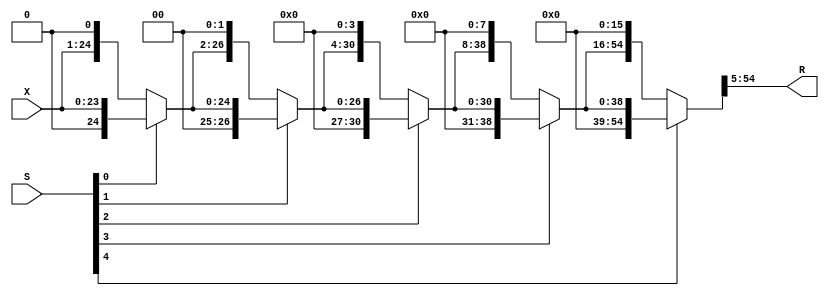
// File 2cycles_latency.vhdl translated with vhd2vl v2.4 VHDL to Verilog RTL translator
// vhd2vl settings:
//  * Verilog Module Declaration Style: 1995

// vhd2vl is Free (libre) Software:
//   Copyright (C) 2001 Vincenzo Liguori - Ocean Logic Pty Ltd
//     http://www.ocean-logic.com
//   Modifications Copyright (C) 2006 Mark Gonzales - PMC Sierra Inc
//   Modifications (C) 2010 Shankar Giri
//   Modifications Copyright (C) 2002, 2005, 2008-2010 Larry Doolittle - LBNL
//     http://doolittle.icarus.com/~larry/vhd2vl/
//
//   vhd2vl comes with ABSOLUTELY NO WARRANTY.  Always check the resulting
//   Verilog for correctness, ideally with a formal verification tool.
//
//   You are welcome to redistribute vhd2vl under certain conditions.
//   See the license (GPLv2) file included with the source for details.

// The result of translation follows.  Its copyright status should be
// considered unchanged from the original VHDL.

//------------------------------------------------------------------------------
//                       FPAdder_8_23_uid2_RightShifter
//                      (RightShifter_24_by_max_26_uid4)
// This operator is part of the Infinite Virtual Library FloPoCoLib
// and is distributed under the terms of the GNU Lesser General Public Licence
// with a Tobin Tax restriction (see README file for details).
//------------------------------------------------------------------------------
// no timescale needed

module FPAdder_8_23_uid2_RightShifter_l2(
X,
S,
R
);

input [23:0] X;
input [4:0] S;
output [49:0] R;

wire clk;
wire rst;
wire [23:0] X;
wire [4:0] S;
wire [49:0] R;


wire [23:0] level0;
wire [4:0] ps;
wire [24:0] level1;
wire [26:0] level2;
wire [30:0] level3;
wire [38:0] level4;
wire [54:0] level5;


  assign level0 = X;
  assign ps = S;
  assign level1 = ps[0] == 1'b1 ? {1'b0,level0} : {level0,1'b0};
  assign level2 = ps[1] == 1'b1 ? {2'b00,level1} : {level1,2'b00};
  assign level3 = ps[2] == 1'b1 ? {4'b0000,level2} : {level2,4'b0000};
  assign level4 = ps[3] == 1'b1 ? {8'b00000000,level3} : {level3,8'b00000000};
  assign level5 = ps[4] == 1'b1 ? {16'b0000000000000000,level4} : {level4,16'b0000000000000000};
  assign R = level5[54:5];

endmodule

//------------------------------------------------------------------------------
//                           IntAdder_27_f110_uid6
// This operator is part of the Infinite Virtual Library FloPoCoLib
// and is distributed under the terms of the GNU Lesser General Public Licence
// with a Tobin Tax restriction (see README file for details).
//------------------------------------------------------------------------------
// Pipeline depth: 0 cycles
// no timescale needed

module IntAdder_27_f110_uid6_l2(
X,
Y,
Cin,
R
);

input [26:0] X;
input [26:0] Y;
input Cin;
output [26:0] R;

wire clk;
wire rst;
wire [26:0] X;
wire [26:0] Y;
wire Cin;
wire [26:0] R;

  //Alternative
  assign R = X + Y + Cin;
//------------------------------------------------------------------------------
//                   LZCShifter_28_to_28_counting_32_uid16
// This operator is part of the Infinite Virtual Library FloPoCoLib
// and is distributed under the terms of the GNU Lesser General Public Licence
// with a Tobin Tax restriction (see README file for details).
//------------------------------------------------------------------------------
// Pipeline depth: 1 cycles

endmodule

module LZCShifter_28_to_28_counting_32_uid16_l2(
clk,
stall,
I,
Count,
O
);

input clk, stall;
input [27:0] I;
output [4:0] Count;
output [27:0] O;

wire clk;
wire rst;
wire [27:0] I;
wire [4:0] Count;
wire [27:0] O;


wire [27:0] level5;
wire count4; reg count4_d1;
wire [27:0] level4;
wire count3; reg count3_d1;
wire [27:0] level3;
wire count2; reg count2_d1;
wire [27:0] level2; reg [27:0] level2_d1;
wire count1;
wire [27:0] level1;
wire count0;
wire [27:0] level0;
wire [4:0] sCount;

  always @(posedge clk) begin
   if( ~stall ) begin
    count4_d1 <= count4;
    count3_d1 <= count3;
    count2_d1 <= count2;
    level2_d1 <= level2;
   end
  end

  assign level5 = I;
  assign count4 = level5[27:12] == 16'b0000000000000000 ? 1'b1 : 1'b0;
  assign level4 = count4 == 1'b0 ? level5[27:0] : {level5[11:0],16'b0000000000000000};
  assign count3 = level4[27:20] == 8'b00000000 ? 1'b1 : 1'b0;
  assign level3 = count3 == 1'b0 ? level4[27:0] : {level4[19:0],8'b00000000};
  assign count2 = level3[27:24] == 4'b0000 ? 1'b 1 : 1'b0;
  assign level2 = count2 == 1'b0 ? level3[27:0] : {level3[23:0],4'b0000};
  //--------------Synchro barrier, entering cycle 1----------------
  assign count1 = level2_d1[27:26] == 2'b00 ? 1'b1 : 1'b0;
  assign level1 = count1 == 1'b0 ? level2_d1[27:0] : {level2_d1[25:0],2'b00};
  assign count0 = level1[27:27] == 1'b0 ? 1'b1 : 1'b0;
  assign level0 = count0 == 1'b0 ? level1[27:0] : {level1[26:0],1'b0};
  assign O = level0;
  assign sCount = {count4_d1,count3_d1,count2_d1,count1,count0};
  assign Count = sCount;
//------------------------------------------------------------------------------
//                           IntAdder_34_f110_uid18
// This operator is part of the Infinite Virtual Library FloPoCoLib
// and is distributed under the terms of the GNU Lesser General Public Licence
// with a Tobin Tax restriction (see README file for details).
//------------------------------------------------------------------------------
// Pipeline depth: 0 cycles

endmodule

module IntAdder_34_f110_uid18_l2(
X,
Y,
Cin,
R
);


input [33:0] X;
input [33:0] Y;
input Cin;
output [33:0] R;

wire [33:0] X;
wire [33:0] Y;
wire Cin;
wire [33:0] R;

  //Alternative
  assign R = X + Y + Cin;
//------------------------------------------------------------------------------
//                             FPAdder_8_23_uid2
// This operator is part of the Infinite Virtual Library FloPoCoLib
// and is distributed under the terms of the GNU Lesser General Public Licence
// with a Tobin Tax restriction (see README file for details).
//------------------------------------------------------------------------------
// Pipeline depth: 2 cycles

endmodule

module FPAdder_8_23_uid2_l2(
clk,
rst,
seq_stall,
X,
Y,
R
);

input clk, rst;
input seq_stall;
input [8 + 23 + 2:0] X;
input [8 + 23 + 2:0] Y;
output [8 + 23 + 2:0] R;

wire clk;
wire rst;
wire [8 + 23 + 2:0] X;
wire [8 + 23 + 2:0] Y;
wire [8 + 23 + 2:0] R;


wire [32:0] excExpFracX;
wire [32:0] excExpFracY;
wire [8:0] eXmeY;
wire [8:0] eYmeX;
wire swap;
wire [33:0] newX; reg [33:0] newX_d1;
wire [33:0] newY;
wire [7:0] expX; reg [7:0] expX_d1;
wire [1:0] excX;
wire [1:0] excY;
wire signX;
wire signY;
wire EffSub; reg EffSub_d1; reg EffSub_d2;
wire [5:0] sdsXsYExnXY;
wire [3:0] sdExnXY;
wire [23:0] fracY;
reg [1:0] excRt; reg [1:0] excRt_d1; reg [1:0] excRt_d2;
wire signR; reg signR_d1; reg signR_d2;
wire [8:0] expDiff;
wire shiftedOut;
wire [4:0] shiftVal;
wire [49:0] shiftedFracY; reg [49:0] shiftedFracY_d1;
wire sticky;
wire [26:0] fracYfar;
wire [26:0] fracYfarXorOp;
wire [26:0] fracXfar;
wire cInAddFar;
wire [26:0] fracAddResult;
wire [27:0] fracGRS;
wire [9:0] extendedExpInc; reg [9:0] extendedExpInc_d1;
wire [4:0] nZerosNew;
wire [27:0] shiftedFrac;
wire [9:0] updatedExp;
wire eqdiffsign;
wire [33:0] expFrac;
wire stk;
wire rnd;
wire grd;
wire lsb;
wire addToRoundBit;
wire [33:0] RoundedExpFrac;
wire [1:0] upExc;
wire [22:0] fracR;
wire [7:0] expR;
wire [3:0] exExpExc;
reg [1:0] excRt2;
wire [1:0] excR;
wire [33:0] computedR;

  always @(posedge clk) begin
   if( ~seq_stall)begin
    newX_d1 <= newX;
    expX_d1 <= expX;
    EffSub_d1 <= EffSub;
    EffSub_d2 <= EffSub_d1;
    excRt_d1 <= excRt;
    excRt_d2 <= excRt_d1;
    signR_d1 <= signR;
    signR_d2 <= signR_d1;
    shiftedFracY_d1 <= shiftedFracY;
    extendedExpInc_d1 <= extendedExpInc;
   end
  end

  // Exponent difference and swap  --
  assign excExpFracX = {X[33:32],X[30:0]};
  assign excExpFracY = {Y[33:32],Y[30:0]};
  assign eXmeY = ({1'b 0,X[30:23]}) - ({1'b 0,Y[30:23]});
  assign eYmeX = ({1'b 0,Y[30:23]}) - ({1'b 0,X[30:23]});
  assign swap = excExpFracX >= excExpFracY ? 1'b 0 : 1'b 1;
  assign newX = swap == 1'b0 ? X : Y;
  assign newY = swap == 1'b0 ? Y : X;
  assign expX = newX[30:23];
  assign excX = newX[33:32];
  assign excY = newY[33:32];
  assign signX = newX[31];
  assign signY = newY[31];
  assign EffSub = signX ^ signY;
  assign sdsXsYExnXY = {signX,signY,excX,excY};
  assign sdExnXY = {excX,excY};
  assign fracY = excY == 2'b00 ? 24'b000000000000000000000000 : {1'b1,newY[22:0]};
  always @(*) begin
    case(sdsXsYExnXY)
      6'b000000,6'b010000,6'b100000,6'b110000 : excRt <= 2'b00;
      6'b000101,6'b010101,6'b100101,6'b110101,6'b000100,6'b010100,6'b100100,6'b110100,6'b000001,6'b010001,6'b100001,6'b110001 : excRt <= 2'b01;
      6'b111010,6'b001010,6'b001000,6'b011000,6'b101000,6'b111000,6'b000010,6'b010010,6'b100010,6'b110010,6'b001001,6'b011001,6'b101001,6'b111001,6'b000110,6'b010110,6'b100110,6'b110110 : excRt <= 2'b10;
      default : excRt <= 2'b 11;
    endcase
  end

  assign signR = (sdsXsYExnXY == 6'b100000 || sdsXsYExnXY == 6'b010000) ? 1'b0 : signX;
  //-------------- cycle 0----------------
  assign expDiff = swap == 1'b0 ? eXmeY : eYmeX;
  assign shiftedOut = (expDiff >= 25) ? 1'b1 : 1'b0;
  assign shiftVal = shiftedOut == 1'b0 ? expDiff[4:0] : 5'b11010;
  FPAdder_8_23_uid2_RightShifter_l2 RightShifterComponent(
    .R(shiftedFracY),
    .S(shiftVal),
    .X(fracY));

  //--------------Synchro barrier, entering cycle 1----------------
  assign sticky = (shiftedFracY_d1[23:0] == 23'b00000000000000000000000) ? 1'b0 : 1'b1;
  //-------------- cycle 0----------------
  //--------------Synchro barrier, entering cycle 1----------------
  assign fracYfar = {1'b 0,shiftedFracY_d1[49:24]};
  assign fracYfarXorOp = fracYfar ^ ({EffSub_d1,EffSub_d1,EffSub_d1,EffSub_d1,EffSub_d1,EffSub_d1,EffSub_d1,EffSub_d1,EffSub_d1,EffSub_d1,EffSub_d1,EffSub_d1,EffSub_d1,EffSub_d1,EffSub_d1,EffSub_d1,EffSub_d1,EffSub_d1,EffSub_d1,EffSub_d1,EffSub_d1,EffSub_d1,EffSub_d1,EffSub_d1,EffSub_d1,EffSub_d1,EffSub_d1});
  assign fracXfar = {2'b01,(newX_d1[22:0]),2'b00};
  assign cInAddFar = EffSub_d1 &  ~sticky;
  IntAdder_27_f110_uid6_l2 fracAdder(
    .Cin(cInAddFar),
    .R(fracAddResult),
    .X(fracXfar),
    .Y(fracYfarXorOp));

  assign fracGRS = {fracAddResult,sticky};
  assign extendedExpInc = ({2'b00,expX_d1}) + 1'b1;
  LZCShifter_28_to_28_counting_32_uid16_l2 LZC_component(
      .clk(clk),
    .stall(seq_stall),
    .Count(nZerosNew),
    .I(fracGRS),
    .O(shiftedFrac));

  //--------------Synchro barrier, entering cycle 2----------------
  assign updatedExp = extendedExpInc_d1 - ({5'b00000,nZerosNew});
  assign eqdiffsign = nZerosNew == 5'b11111 ? 1'b1 : 1'b0;
  assign expFrac = {updatedExp,shiftedFrac[26:3]};
  //-------------- cycle 2----------------
  assign stk = shiftedFrac[1] | shiftedFrac[0];
  assign rnd = shiftedFrac[2];
  assign grd = shiftedFrac[3];
  assign lsb = shiftedFrac[4];
  assign addToRoundBit = (lsb == 1'b0 && grd == 1'b1 && rnd == 1'b0 && stk == 1'b0) ? 1'b0 : 1'b1;
  IntAdder_34_f110_uid18_l2 roundingAdder(
    .Cin(addToRoundBit),
    .R(RoundedExpFrac),
    .X(expFrac),
    .Y(34'b0000000000000000000000000000000000));

  //-------------- cycle 2----------------
  assign upExc = RoundedExpFrac[33:32];
  assign fracR = RoundedExpFrac[23:1];
  assign expR = RoundedExpFrac[31:24];
  assign exExpExc = {upExc,excRt_d2};
  always @(*) begin
    case((exExpExc))
      4'b0000,4'b0100,4'b1000,4'b1100,4'b1001,4'b1101 : excRt2 <= 2'b00;
      4'b0001 : excRt2 <= 2'b01;
      4'b0010,4'b0110,4'b0101 : excRt2 <= 2'b10;
      default : excRt2 <= 2'b11;
    endcase
  end

  assign excR = (eqdiffsign == 1'b1 && EffSub_d2 == 1'b1) ? 2'b00 : excRt2;
  assign computedR = {excR,signR_d2,expR,fracR};
  assign R = computedR;

endmodule